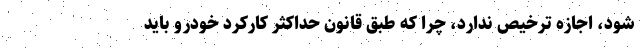
شود، اجازه ترخیص ندارد، چرا که طبق قانون حداکثر کارکرد خودرو باید